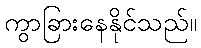
ကွာခြားနေနိုင်သည်။